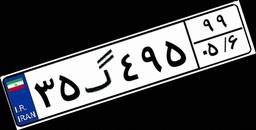
۳۵گ۴۹۵۹۹